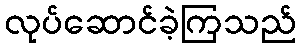
လုပ်ဆောင်ခဲ့ကြသည်